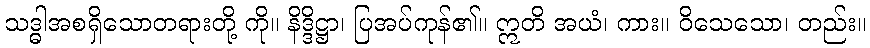
သဒ္ဓါအစရှိသောတရားတို့ ကို။ နိဒ္ဒိဋ္ဌာ၊ ပြအပ်ကုန်၏။ ဣတိ အယံ၊ ကား။ ဝိသေသော၊ တည်း။